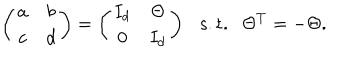
\left( \begin{matrix} { { a } } & { { b } } \\ { { c } } & { { d } } \\ \end{matrix} \right) = \left( \begin{matrix} { { I _ { d } } } & { { \Theta } } \\ { { 0 } } & { { I _ { d } } } \\ \end{matrix} \right) \ \ \ \mathrm { s . t . } \ \ \ \Theta ^ { T } = - \Theta .